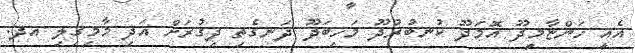
އެއީ ހަންޏާމީދޫ އޮމަދޫ ކުނބުރުދޫ މަހިބަދޫ ދަނގެތި ދިގުރަށް އަދި މާމިގިލި އދ.